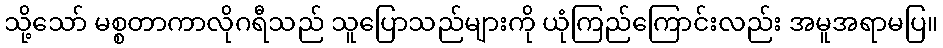
သို့သော် မစ္စတာကာလိုဂရီသည် သူပြောသည်များကို ယုံကြည်ကြောင်းလည်း အမူအရာမပြ။